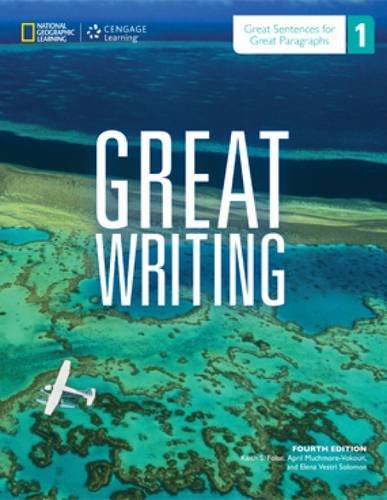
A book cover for Great Writing 1: Great Sentences for Great Paragraphs; Keith S. Folse; Reference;